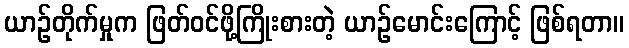
ယာဉ်တိုက်မှုက ဖြတ်ဝင်ဖို့ကြိုးစားတဲ့ ယာဉ်မောင်းကြောင့် ဖြစ်ရတာ။